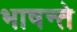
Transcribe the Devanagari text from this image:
भाषन्ते